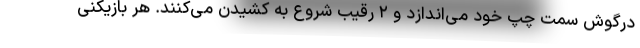
درگوش سمت چپ خود می‌اندازد و ۲ رقیب شروع به کشیدن می‌کنند. هر بازیکنی